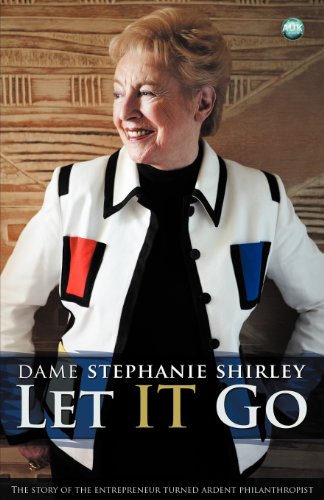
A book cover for Let It Go; Dame Stephanie Shirley; Politics & Social Sciences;